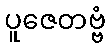
ပူဇေတဗ္ဗံ